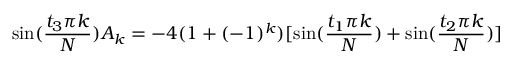
\sin ( \frac { t _ { 3 } \pi k } N ) A _ { k } = - 4 ( 1 + ( - 1 ) ^ { k } ) [ \sin ( \frac { t _ { 1 } \pi k } N ) + \sin ( \frac { t _ { 2 } \pi k } N ) ]